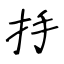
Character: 抙